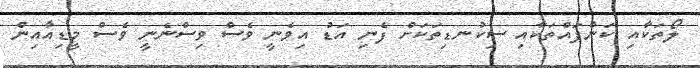
ލޯތަކާއި ކަންފައްތަކާއި ސިކުނޑިތަކަށް ފެނި އަޑު އިވެނީ ވެސް ވިސްނެނީ ވެސް މީޑިއާއިން